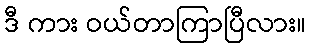
ဒီ ကား ဝယ်တာကြာပြီလား။